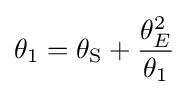
\theta _{1}=\theta _{\rm {S}}+{\frac {\theta _{E}^{2}}{\theta _{1}}}